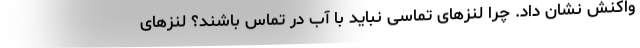
واکنش نشان داد. چرا لنزهای تماسی نباید با آب در تماس باشند؟ لنزهای